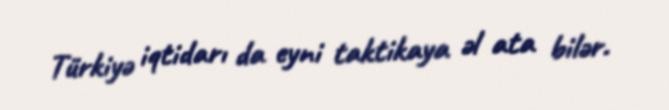
Türkiyə iqtidarı da eyni taktikaya əl ata bilər.